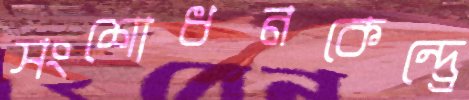
সংশোধনকেন্দ্র্রে